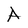
Character: A